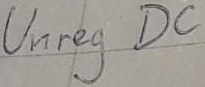
Text: unreg DC